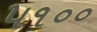
૫૧૦૦